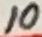
Text: 10